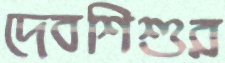
দেবশিশুর